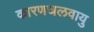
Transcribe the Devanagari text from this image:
कारणजलवायु